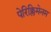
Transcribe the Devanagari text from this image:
पेरिक्लिमेनम